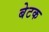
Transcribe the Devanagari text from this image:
बेटक